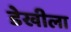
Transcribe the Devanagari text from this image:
डेखीला